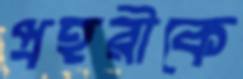
প্রহরীকে